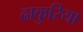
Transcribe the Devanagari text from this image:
ढाकुरिया